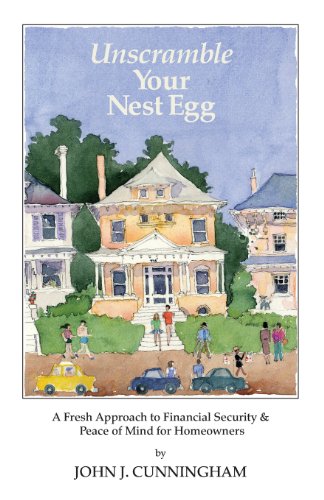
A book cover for Unscramble Your Nest Egg: A Fresh Approach to Financial Security and Peace of Mind for Homeowners; Mr John J. Cunningham; Business & Money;